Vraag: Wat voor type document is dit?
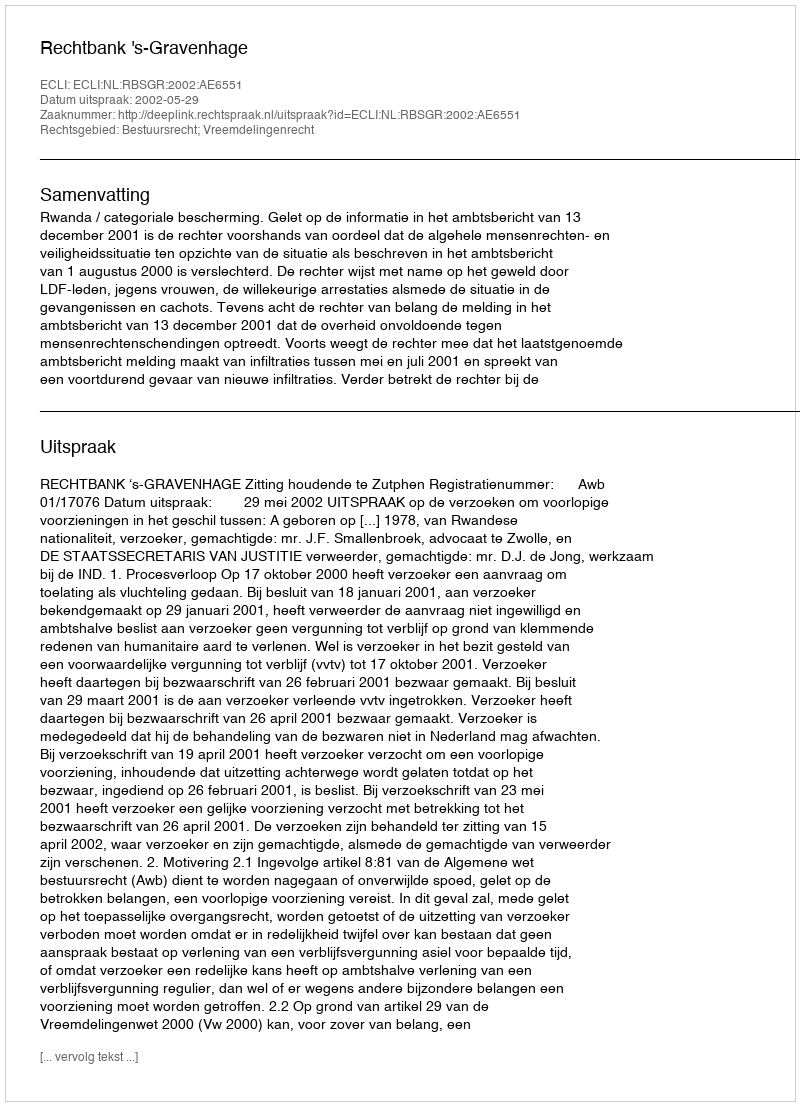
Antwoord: Uitspraak